Leaving Certificate Examination (including Day School Certificate (Higher) General paper), 1929
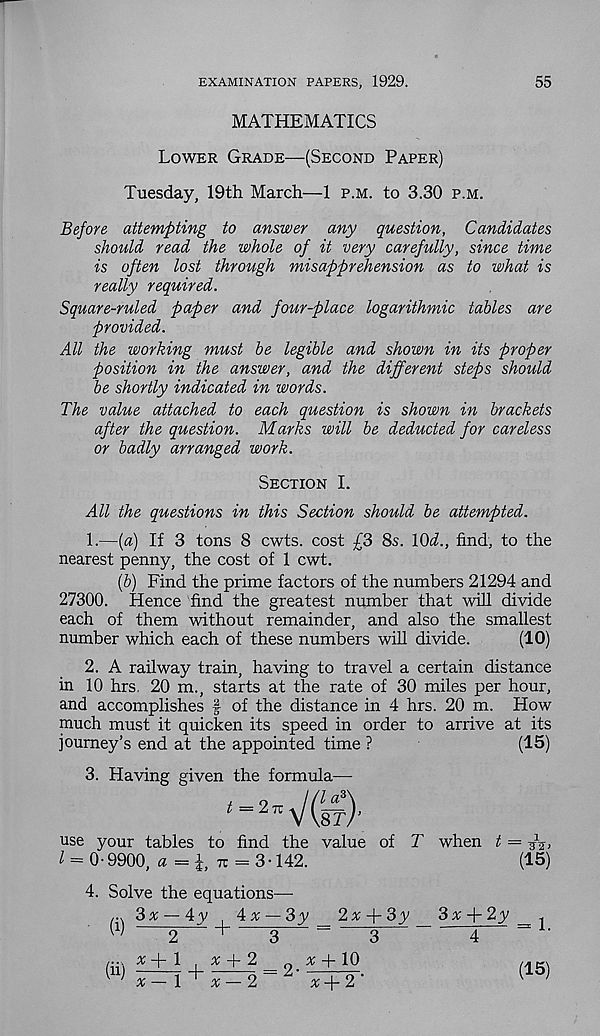
EXAMINATION PAPERS, 1929.
55
MATHEMATICS
Lower Grade—(Second Paper)
Tuesday, 19th March—1 p.m. to 3.30 p.m.
Before attempting to answer any question, Candidates
should read the whole of it very carefully, since time
is often lost through misapprehension as to what is
really required.
Square-ruled paper and four-place logarithmic tables are
provided.
All the working must be legible and shown in its proper
position in the answer, and the different steps should
be shortly indicated in words.
The value attached to each question is shown in brackets
after the question. Marks will be deducted for careless
or badly arranged work.
Section I.
All the questions in this Section should be attempted.
1.
—(a) If 3 tons 8 cwts. cost £3 8s.
nearest penny, the cost of 1 cwt.
(b) Find the prime factors of the numbers 21294 and
27300. Hence find the greatest number that will divide
each of them without remainder, and also the smallest
number which each of these numbers will divide.
(10)
2. A railway train, having to travel a certain distance
in 10 hrs, 20 m., starts at the rate of 30 miles per hour,
and accomplishes f of the distance in 4 hrs. 20 m. How
much must it quicken its speed in order to arrive at its
journey’s end at the appointed time ?
(15)
3. Having given the formula—
use your tables to find the value of T when t
/ = 0-9900, « =!, tc = 3-142.
_ 1
(15)
4. Solve the equations-
(i)
3 x
Ay j^Ax- 3y
2* + 3y
-
3
3 v + 2y
4
(ii) 3tr +
2 '
x •
x + 10
x+2'
(15)